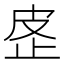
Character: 𰙢